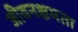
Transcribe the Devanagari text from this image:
जीवनक्षमता